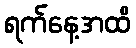
ရက်နေ့အထိ